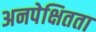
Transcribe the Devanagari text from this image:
अनपेक्षितता